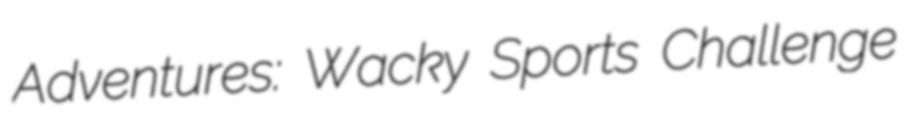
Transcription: Adventures: Wacky Sports Challenge